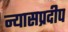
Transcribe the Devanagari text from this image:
न्यासप्रदीप